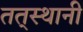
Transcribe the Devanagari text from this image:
तत्‌स्थानी